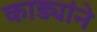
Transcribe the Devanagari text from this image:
काड्यांने